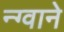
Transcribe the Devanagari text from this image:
न्ग्वाने